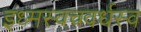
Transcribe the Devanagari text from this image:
इध्मस्वचवर्धस्व